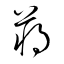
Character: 蔣